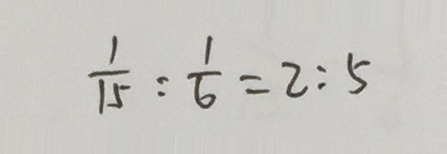
\frac { 1 } { 1 5 } : \frac { 1 } { 6 } = 2 : 5